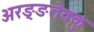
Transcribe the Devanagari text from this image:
अरङ्ङतेक्कु